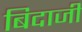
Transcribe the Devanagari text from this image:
बिदाजी